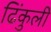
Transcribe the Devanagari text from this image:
ढिंकुली